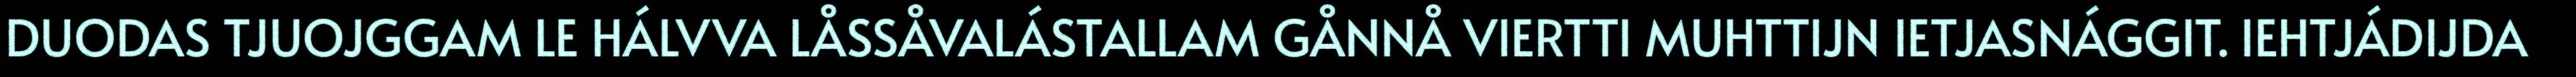
DUODAS TJUOJGGAM LE HÁLVVA LÅSSÅVALÁSTALLAM GÅNNÅ VIERTTI MUHTTIJN IETJASNÁGGIT. IEHTJÁDIJDA